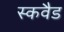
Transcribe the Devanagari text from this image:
स्कवैड